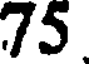
75